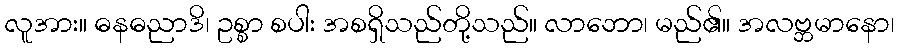
လူအား။ ဓနဓညာဒိ၊ ဥစ္စာ စပါး အစရှိသည်တို့သည်။ လာဘော၊ မည်၏။ အလဗ္ဘမာနော၊